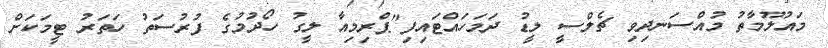
މައުލޫމާތު މުއްސަނދިވި ޗެލްސީ ލީޑު ދަމަހައްޓައިފި"ޕްރިމިއާ ލީގު ހޯދުމުގެ ފުރުސަތު ހަތަރު ޓީމަކަށް